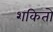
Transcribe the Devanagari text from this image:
शकितो